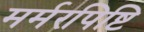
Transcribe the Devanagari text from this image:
मर्मरपिष्टि